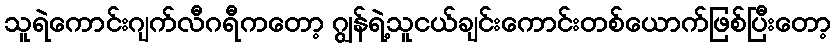
သူရဲကောင်းဂျက်လီဂရီကတော့ ဂျွန်ရဲ့သူငယ်ချင်းကောင်းတစ်ယောက်ဖြစ်ပြီးတော့